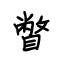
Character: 瞥